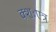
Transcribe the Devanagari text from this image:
क्शःएत्र